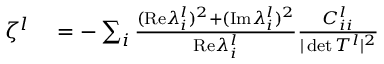
\begin{array} { r l } { \ \! \! \zeta ^ { l } } & { { } = - \sum _ { i } \frac { ( \mathrm { R e } \lambda _ { i } ^ { l } ) ^ { 2 } + ( \mathrm { I m } \lambda _ { i } ^ { l } ) ^ { 2 } } { \mathrm { R e } \lambda _ { i } ^ { l } } \frac { C _ { i i } ^ { l } } { \vert \operatorname* { d e t } T ^ { l } \vert ^ { 2 } } } \end{array}